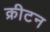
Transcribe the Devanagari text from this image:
क्रीटन